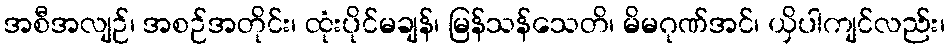
အစီအလျဉ်၊ အစဉ်အတိုင်း၊ ထုံးပိုင်မချန်၊ မြန်သန်သေတိ၊ မိမဂုဏ်အင်၊ ယှိပါကျင်လည်း၊